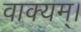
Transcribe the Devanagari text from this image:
वाक्यम्।